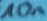
Text: 10n